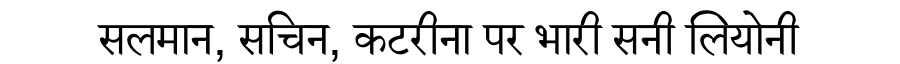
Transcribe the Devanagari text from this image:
सलमान, सचिन, कटरीना पर भारी सनी लियोनी